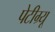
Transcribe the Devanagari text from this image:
पेटीग्र्यू